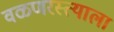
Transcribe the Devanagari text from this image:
वळणरस्त्याला